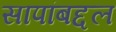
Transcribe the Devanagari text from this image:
सापांबद्दल